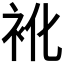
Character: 𮕬